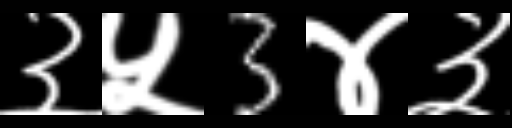
Text: ३५3४३